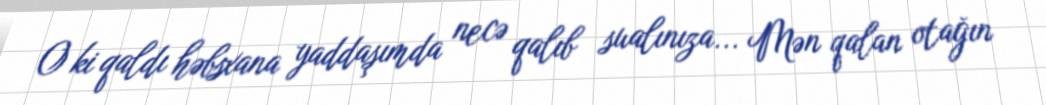
O ki qaldı həbsxana yaddaşımda necə qalıb sualınıza... Mən qalan otağın